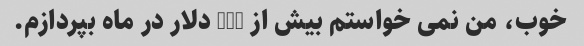
خوب، من نمی خواستم بیش از 900 دلار در ماه بپردازم.